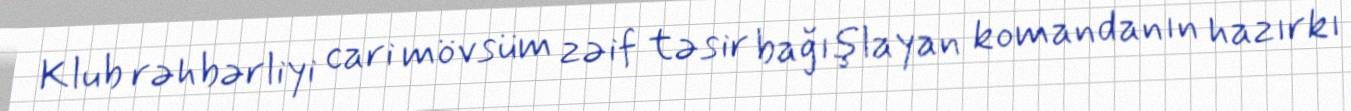
Klub rəhbərliyi cari mövsüm zəif təsir bağışlayan komandanın hazırkı